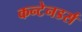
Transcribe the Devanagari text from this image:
कन्टेनडर्स